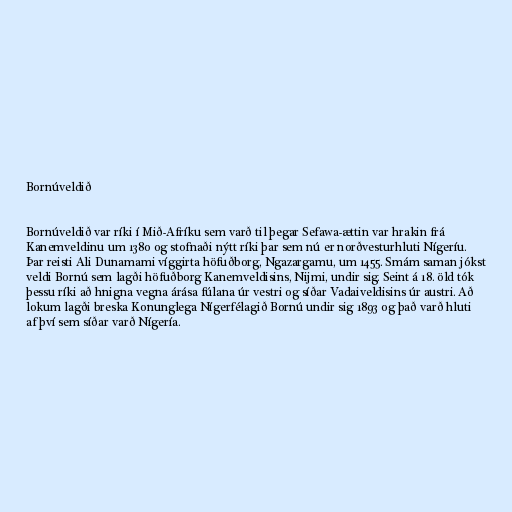
Bornúveldið

Bornúveldið var ríki í Mið-Afríku sem varð til þegar Sefawa-ættin var hrakin frá
Kanemveldinu um 1380 og stofnaði nýtt ríki þar sem nú er norðvesturhluti Nígeríu.
Þar reisti Ali Dunamami víggirta höfuðborg, Ngazargamu, um 1455. Smám saman jókst
veldi Bornú sem lagði höfuðborg Kanemveldisins, Nijmi, undir sig. Seint á 18. öld tók
þessu ríki að hnigna vegna árása fúlana úr vestri og síðar Vadaiveldisins úr austri. Að
lokum lagði breska Konunglega Nígerfélagið Bornú undir sig 1893 og það varð hluti
af því sem síðar varð Nígería.